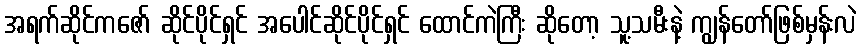
အရက်ဆိုင်ကဇော် ဆိုင်ပိုင်ရှင် အပေါင်ဆိုင်ပိုင်ရှင် ထောင်ကဲကြီး ဆိုတော့ သူ့သမီးနဲ့ ကျွန်တော်ဖြစ်မှန်းလဲ